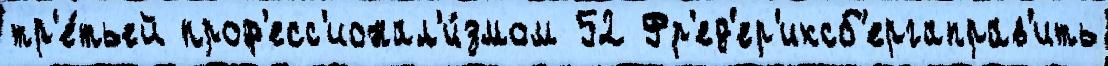
тр'е́тьей проф'есс'ионал'и́змом 52 Фр'ед'ер'иксб'ергаправ'ить